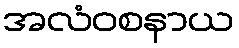
အလံဝစနာယ